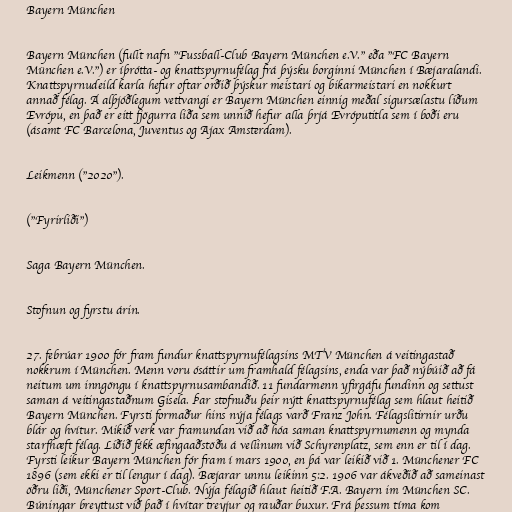
Bayern München

Bayern München (fullt nafn "Fussball-Club Bayern München e.V." eða "FC Bayern
München e.V.") er íþrótta- og knattspyrnufélag frá þýsku borginni München í Bæjaralandi.
Knattspyrnudeild karla hefur oftar orðið þýskur meistari og bikarmeistari en nokkurt
annað félag. Á alþjóðlegum vettvangi er Bayern München einnig meðal sigursælastu liðum
Evrópu, en það er eitt fjögurra liða sem unnið hefur alla þrjá Evróputitla sem í boði eru
(ásamt FC Barcelona, Juventus og Ajax Amsterdam).

Leikmenn ("2020").

("Fyrirliði")

Saga Bayern München.

Stofnun og fyrstu árin.

27. febrúar 1900 fór fram fundur knattspyrnufélagsins MTV München á veitingastað
nokkrum í München. Menn voru ósáttir um framhald félagsins, enda var það nýbúið að fá
neitum um inngöngu í knattspyrnusambandið. 11 fundarmenn yfirgáfu fundinn og settust
saman á veitingastaðnum Gisela. Þar stofnuðu þeir nýtt knattspyrnufélag sem hlaut heitið
Bayern München. Fyrsti formaður hins nýja félags varð Franz John. Félagslitirnir urðu
blár og hvítur. Mikið verk var framundan við að hóa saman knattspyrnumenn og mynda
starfhæft félag. Liðið fékk æfingaaðstöðu á vellinum við Schyrenplatz, sem enn er til í dag.
Fyrsti leikur Bayern München fór fram í mars 1900, en þá var leikið við 1. Münchener FC
1896 (sem ekki er til lengur í dag). Bæjarar unnu leikinn 5:2. 1906 var ákveðið að sameinast
öðru liði, Münchener Sport-Club. Nýja félagið hlaut heitið F.A. Bayern im München SC.
Búningar breyttust við það í hvítar treyjur og rauðar buxur. Frá þessum tíma kom